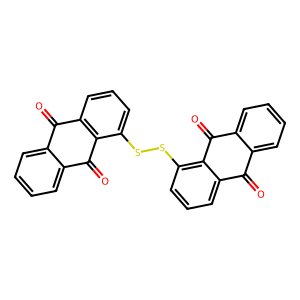
SMILES: O=C1c2ccccc2C(=O)c2c(SSc3cccc4c3C(=O)c3ccccc3C4=O)cccc21
Inhibits HIV replication: No